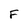
Character: F